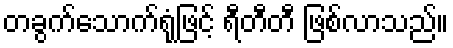
တခွက်သောက်ရုံဖြင့် ရီတီတီ ဖြစ်လာသည်။